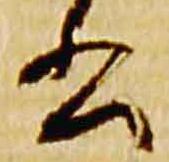
書